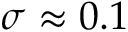
\sigma \approx 0 . 1